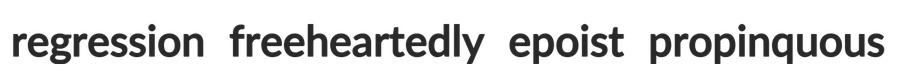
regression freeheartedly epoist propinquous